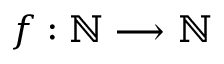
f : \mathbb { N } \longrightarrow \mathbb { N }